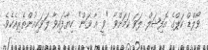
ވޯލްޑް ކަޕްގެ އޮފިޝަލް ލަވަ ކަމަށްވާ "ވީ އާ ވަން" ކިޔާފައިވާ ލަވަކިއުންތެރިއެކެވެ.